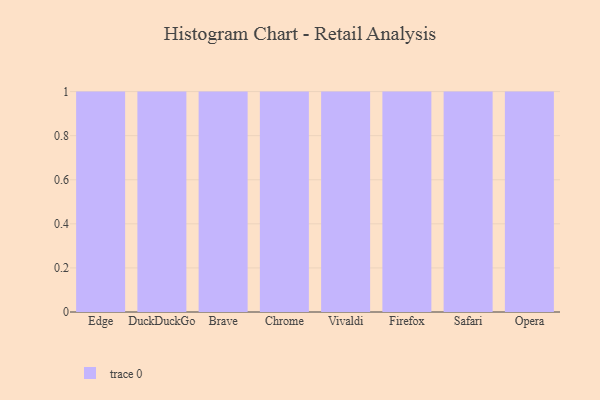
{"axis": {"x": "Browser", "y": "Headcount"}, "legend": [""], "data": [{"x": "Edge", "y": 20, "type": ""}, {"x": "DuckDuckGo", "y": 6, "type": ""}, {"x": "Brave", "y": 2, "type": ""}, {"x": "Chrome", "y": 16, "type": ""}, {"x": "Vivaldi", "y": 91, "type": ""}, {"x": "Firefox", "y": 32, "type": ""}, {"x": "Safari", "y": 50, "type": ""}, {"x": "Opera", "y": 94, "type": ""}]}